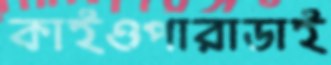
কাইওপারাডাই